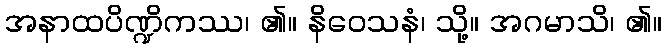
အနာထပိဏ္ဍိကဿ၊ ၏။ နိဝေသနံ၊ သို့။ အဂမာသိ၊ ၏။